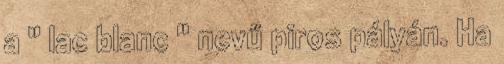
a " lac blanc " nevű piros pályán. Ha